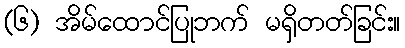
(၆) အိမ်ထောင်ပြုဘက် မရှိတတ်ခြင်း။